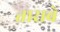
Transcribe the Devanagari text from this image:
ताराबे